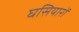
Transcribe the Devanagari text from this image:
घसियारों